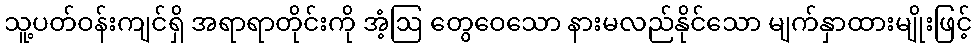
သူ့ပတ်ဝန်းကျင်ရှိ အရာရာတိုင်းကို အံ့ဩ တွေဝေသော နားမလည်နိုင်သော မျက်နှာထားမျိုးဖြင့်